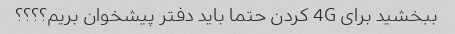
ببخشید برای 4G کردن حتما باید دفتر پیشخوان بریم؟؟؟؟